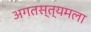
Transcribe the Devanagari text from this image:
अगतस्त्यमला